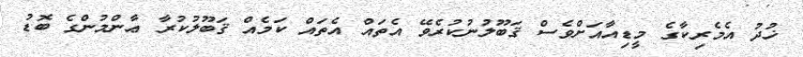
ޚުދު އެމެރިކާގެ މީޑިއާއަށްވެސް ޤަބޫލުނުކުރެވޭ އެތައް އެތައް ކަމެއް ޤަބޫލުކުރާ ޢާންމުންގެ ބޮޑު